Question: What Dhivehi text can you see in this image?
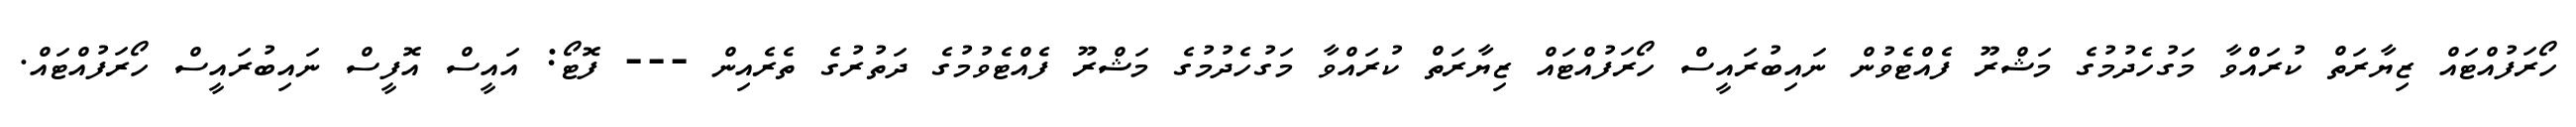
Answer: ހޯރަފުއްޓައް ޒިޔާރަތް ކުރައްވާ މަގުހެދުމުގެ މަޝްރޫ ފެއްޓެވުން ނައިބުރައީސް ހޯރަފުއްޓައް ޒިޔާރަތް ކުރައްވާ މަގުހެދުމުގެ މަޝްރޫ ފެއްޓެވުމުގެ ދަތުރުގެ ތެރެއިން --- ފޮޓޯ: އައީސް އޮފީސް ނައިބުރައީސް ހޯރަފުއްޓައް.